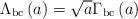
LaTeX: \begin{align*}\Lambda_{\rm{bc}}\left(a\right)=\sqrt{a}\Gamma_{\rm{bc}}\left(a\right)\end{align*}